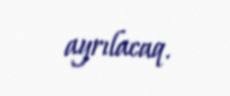
ayrılacaq.